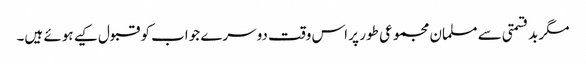
مگر بدقسمتی سے مسلمان مجموعی طور پر اس وقت دوسرے جواب کو قبول کیے ہوئے ہیں۔